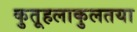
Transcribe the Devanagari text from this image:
कुतूहलाकुलतया